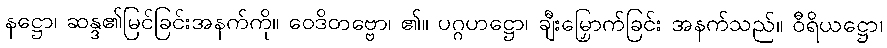
နဋ္ဌော၊ ဆန္ဒ၏မြင်ခြင်းအနက်ကို။ ဝေဒိတဗ္ဗော၊ ၏။ ပဂ္ဂဟဋ္ဌော၊ ချီးမြှောက်ခြင်း အနက်သည်။ ဝီရိယဋ္ဌော၊